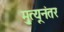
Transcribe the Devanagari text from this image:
मृुत्यूनंतर